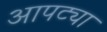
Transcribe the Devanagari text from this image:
आपट्या